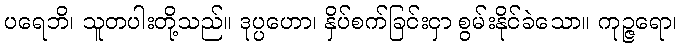
ပရေဘိ၊ သူတပါးတို့သည်။ ဒုပ္ပဟော၊ နှိပ်စက်ခြင်းငှာ စွမ်းနိုင်ခဲသော။ ကုဉ္ဇရော၊